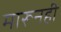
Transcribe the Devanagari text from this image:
मारूनही